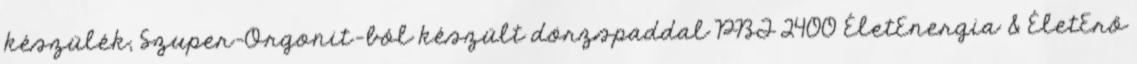
készülék, Szuper-Orgonit-ból készült dörzspaddal PBT 2400 ÉletEnergia & ÉletErő